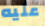
عليه